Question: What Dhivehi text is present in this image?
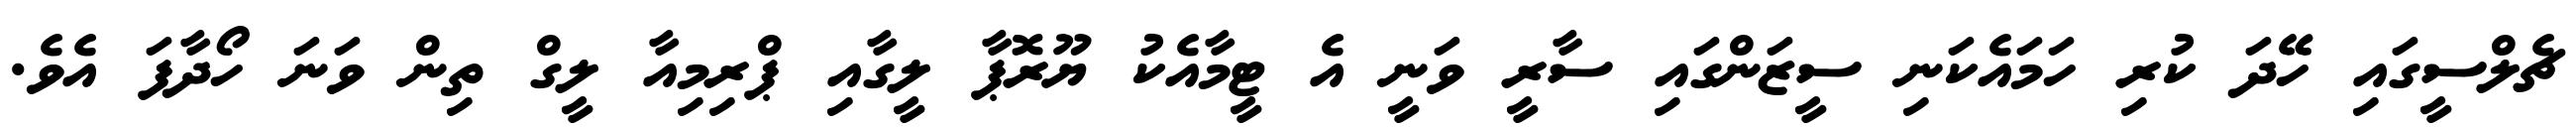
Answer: ޗެލްސީގައި ހޭދަ ކުރި ހަމައެކަނި ސީޒަންގައި ސާރީ ވަނީ އެ ޓީމާއެކު ޔޫރޮޕާ ލީގާއި ޕްރިމިއާ ލީގް ތިން ވަނަ ހޯދާފަ އެވެ.